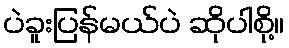
ပဲခူးပြန်မယ်ပဲ ဆိုပါစို့။